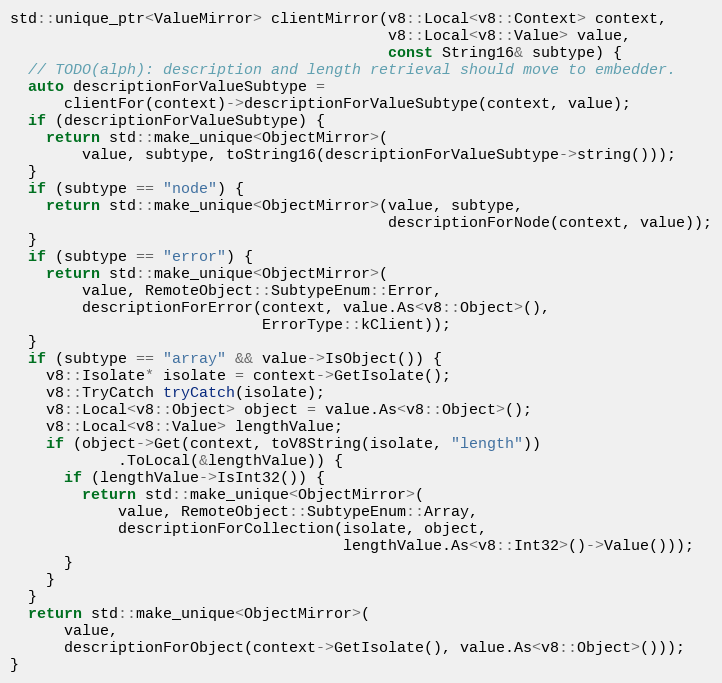
Language: C++
std::unique_ptr<ValueMirror> clientMirror(v8::Local<v8::Context> context,
                                          v8::Local<v8::Value> value,
                                          const String16& subtype) {
  // TODO(alph): description and length retrieval should move to embedder.
  auto descriptionForValueSubtype =
      clientFor(context)->descriptionForValueSubtype(context, value);
  if (descriptionForValueSubtype) {
    return std::make_unique<ObjectMirror>(
        value, subtype, toString16(descriptionForValueSubtype->string()));
  }
  if (subtype == "node") {
    return std::make_unique<ObjectMirror>(value, subtype,
                                          descriptionForNode(context, value));
  }
  if (subtype == "error") {
    return std::make_unique<ObjectMirror>(
        value, RemoteObject::SubtypeEnum::Error,
        descriptionForError(context, value.As<v8::Object>(),
                            ErrorType::kClient));
  }
  if (subtype == "array" && value->IsObject()) {
    v8::Isolate* isolate = context->GetIsolate();
    v8::TryCatch tryCatch(isolate);
    v8::Local<v8::Object> object = value.As<v8::Object>();
    v8::Local<v8::Value> lengthValue;
    if (object->Get(context, toV8String(isolate, "length"))
            .ToLocal(&lengthValue)) {
      if (lengthValue->IsInt32()) {
        return std::make_unique<ObjectMirror>(
            value, RemoteObject::SubtypeEnum::Array,
            descriptionForCollection(isolate, object,
                                     lengthValue.As<v8::Int32>()->Value()));
      }
    }
  }
  return std::make_unique<ObjectMirror>(
      value,
      descriptionForObject(context->GetIsolate(), value.As<v8::Object>()));
}